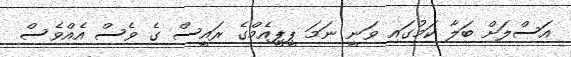
އަސްލަށް ބަލާ ކަމުގައި ވަނީ ނަމަ ޕީޕީއެމްގެ ރައީސް ގެ ވެސް އެއްވެސް